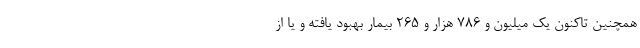
همچنین تاکنون یک میلیون و ۷۸۶ هزار و ۲۶۵ بیمار بهبود یافته و یا از